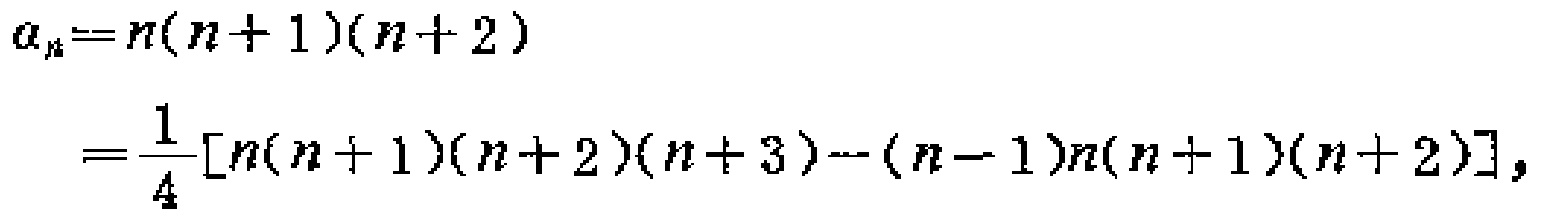
\[
\begin{align*}
a_{n}&=n(n + 1)(n + 2)\\
&=\frac{1}{4}[n(n + 1)(n + 2)(n + 3)-(n - 1)n(n + 1)(n + 2)],
\end{align*}
\]